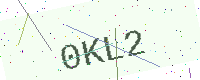
Text: 0KL2